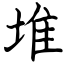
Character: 堆